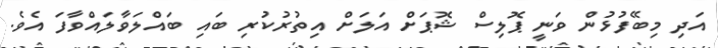
އަދި މިބޭފުޅުން ވަނީ ޕޮލިސް ޝޮޕަށް އަލަށް އިތުރުކުރި ބައި ބައްލަވާލައްވާފަ އެވެ.